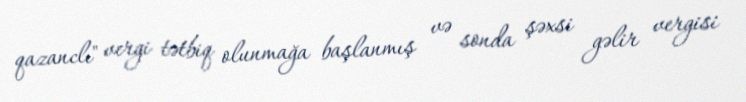
qazanclı" vergi tətbiq olunmağa başlanmış və sonda şəxsi gəlir vergisi